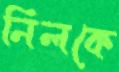
নিলকে